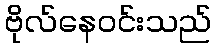
ဗိုလ်နေဝင်းသည်